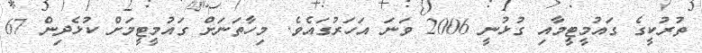
ތުރުކީގެ ގައުމީޓީމާއި ގުޅުނީ 2006 ވަނަ އަހަރުގައެވެ. މިހާތަނަށް ގައުމީޓީމަށް ކުޅެދިން 67